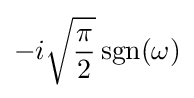
-i{\sqrt {\frac {\pi }{2}}}\operatorname {sgn} (\omega )